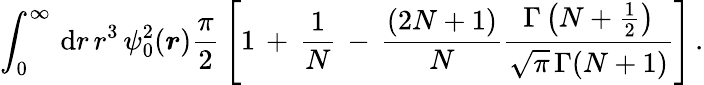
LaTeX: \begin{array}{l}{\displaystyle\int_{0}^{\infty}\, \mathrm{d}r\, r^{3}\, \psi_{0}^{2}(\boldsymbol{r})\frac\pi 2\, \left[1\, +\, \frac 1N\, -\, \frac{\left(2N+1\right)}{N}\frac{\Gamma\left(N+\frac 12\right)}{\sqrt\pi\, \Gamma(N+1)}\right]\, .}\end{array}